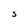
Character: S